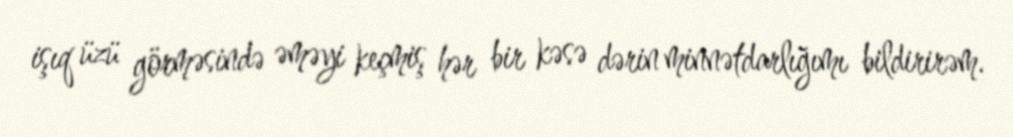
işıq üzü görməsində əməyi keçmiş hər bir kəsə dərin minnətdarlığımı bildirirəm.